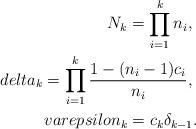
LaTeX: \begin{align*}N_k=\prod_{i=1}^kn_i,\ \\delta_k=\prod_{i=1}^k\frac{1-(n_i-1)c_i}{n_i},\ \\varepsilon_k=c_k\delta_{k-1}.\end{align*}